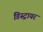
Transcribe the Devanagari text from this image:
डिस्ट्रायर